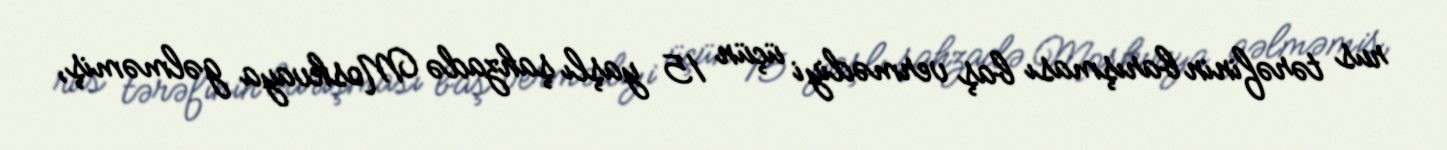
rus tərəfinin barışması baş vermədiyi üçün 15 yaşlı şahzadə Moskvaya gəlməmiş,